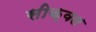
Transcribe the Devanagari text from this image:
सीक्‍वल